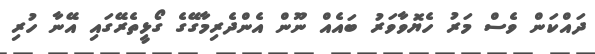
ދައްކަން ވެސް މަރު ހެޔޮވާވަރު ބައެއް ނޫން އެންދެރިމާގޭގެ ގޯޅީތެރޭގައި އޭނާ ހުރި